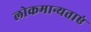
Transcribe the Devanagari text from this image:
लोकमान्यताएं